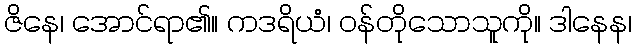
ဇိနေ၊ အောင်ရာ၏။ ကဒရိယံ၊ ဝန်တိုသောသူကို။ ဒါနေန၊